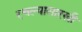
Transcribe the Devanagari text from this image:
रचल्यासारखी